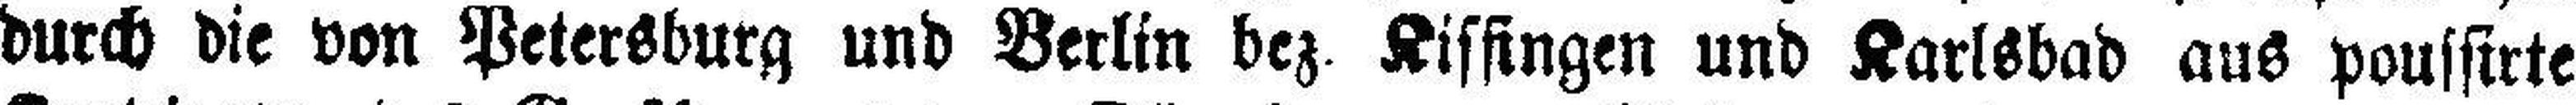
durch die von Petersburg und Berlin bez. Kissingen und Karlsbad aus poussirte